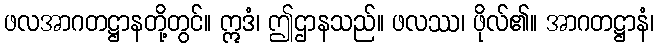
ဖလအာဂတဋ္ဌာနတို့တွင်။ ဣဒံ၊ ဤဌာနသည်။ ဖလဿ၊ ဖိုလ်၏။ အာဂတဋ္ဌာနံ၊